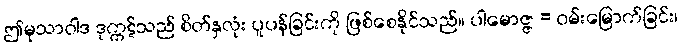
ဤမုသာဝါဒ ဒုက္ကဋ်သည် စိတ်နှလုံး ပူပန်ခြင်းကို ဖြစ်စေနိုင်သည်။ ပါမောဇ္ဇ = ဝမ်းမြောက်ခြင်း၊